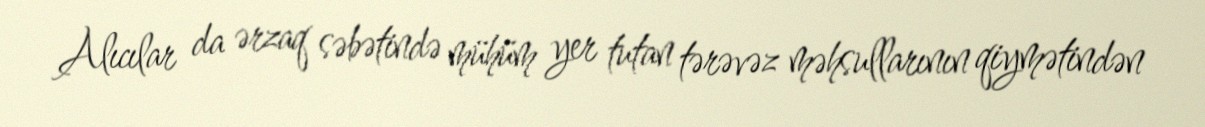
Alıcılar da ərzaq səbətində mühüm yer tutan tərəvəz məhsullarının qiymətindən